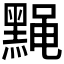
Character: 𫜙